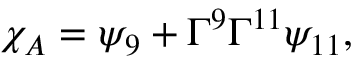
{ \chi _ { A } = \psi _ { 9 } + \Gamma ^ { 9 } \Gamma ^ { 1 1 } \psi _ { 1 1 } , }